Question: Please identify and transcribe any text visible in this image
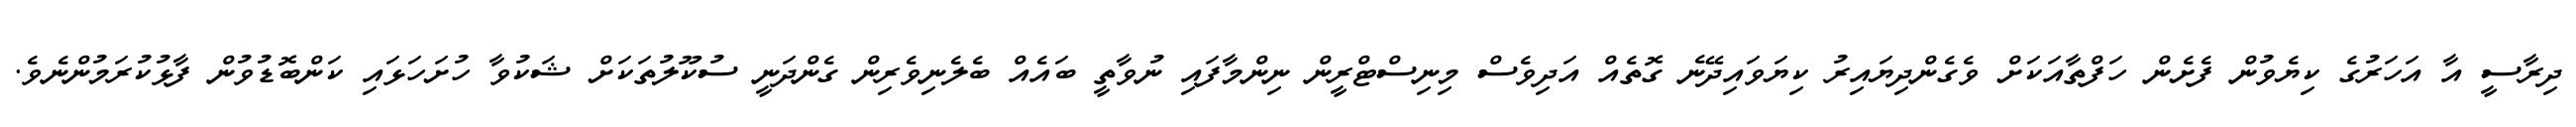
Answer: ދިރާސީ އާ އަހަރުގެ ކިޔެވުން ފެށެން ހަފްތާއަކަށް ވެގެންދިޔައިރު ކިޔަވައިދޭނެ ގޮތެއް އަދިވެސް މިނިސްޓްރީން ނިންމާފައި ނުވާތީ ބައެއް ބެލެނިވެރިން ގެންދަނީ ސުކޫލުތަކަށް ޝަކުވާ ހުށަހަޅައި ކަންބޮޑުވުން ފާޅުކުރަމުންނެވެ.